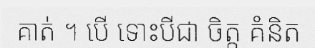
គាត់ ។ បើ ទោះបីជា ចិត្ត គំនិត